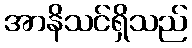
အာနိသင်ရှိသည်